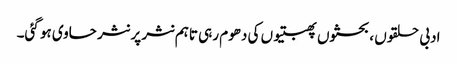
ادبی حلقوں ، بحثوں پھبتیوں کی دھوم رہی تاہم نثر پر نثر حاوی ہو گئی۔